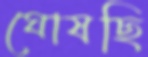
ঘোষছি